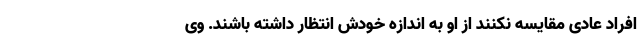
افراد عادی مقایسه نکنند از او به اندازه خودش انتظار داشته باشند. وی